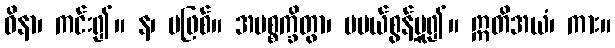
ဝိနာ၊ ကင်း၍။ န၊ မဖြစ်။ အပစ္စက္ခိတွာ၊ မပယ်စွန့်မူ၍။ ဣတိအယံ၊ ကား။